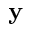
\mathbf { y }